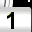
Digit: 1